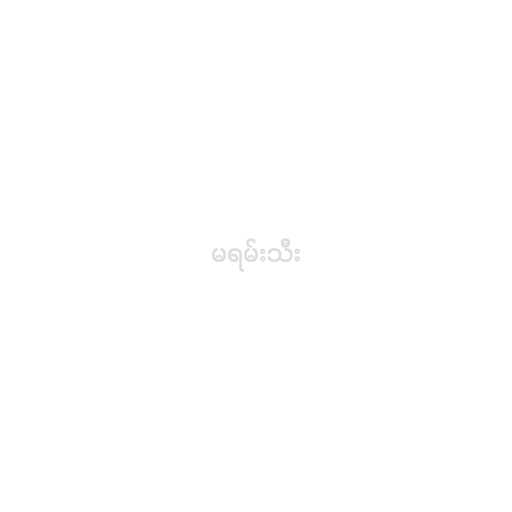
မရမ်းသီး